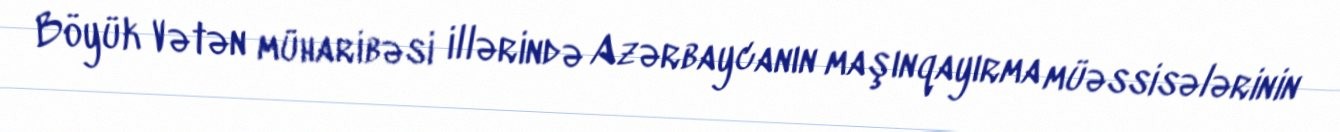
Böyük Vətən müharibəsi illərində Azərbaycanın maşınqayırma müəssisələrinin